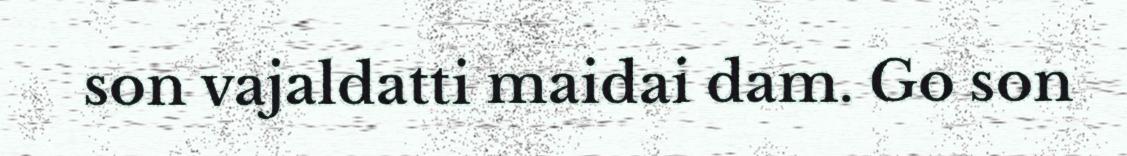
son vajaldatti maidai dam. Go son